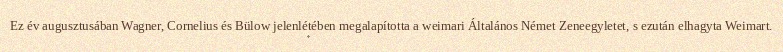
Ez év augusztusában Wagner, Cornelius és Bülow jelenlétében megalapította a weimari Általános Német Zeneegyletet, s ezután elhagyta Weimart.